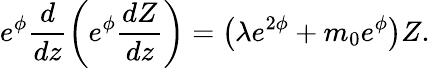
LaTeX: e^{\phi}\frac{d}{dz}\left(e^{\phi}\frac{dZ}{dz}\right)=\left(\lambda e^{2\phi}+m_{0}e^{\phi}\right)Z.